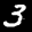
Label: 3